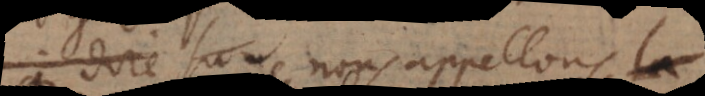
ce que nous appellons la